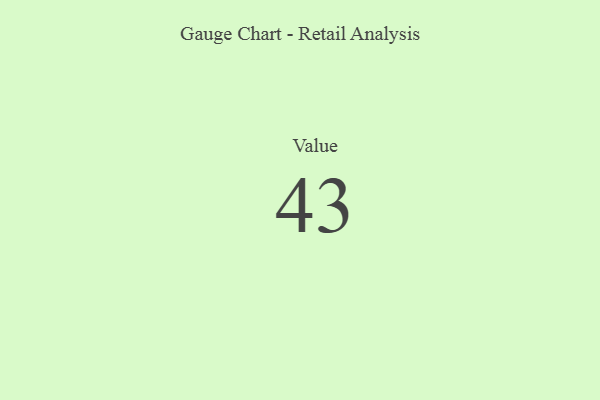
{"axis": {"x": "Metric", "y": "Value"}, "legend": [""], "data": [{"x": "Value", "y": 43, "type": ""}]}